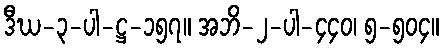
ဒီဃ-၃-ပါ-ဋ္ဌ-၁၅၇။ အဘိ-၂-ပါ-၄၄၀၊ ၅-၅၀၄။